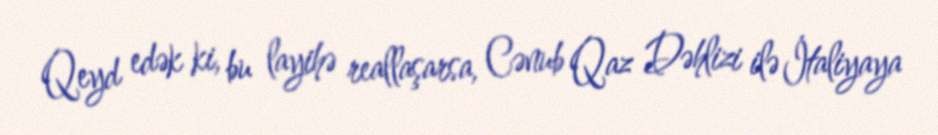
Qeyd edək ki, bu layihə reallaşarsa, Cənub Qaz Dəhlizi ilə İtaliyaya